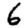
Digit: 6